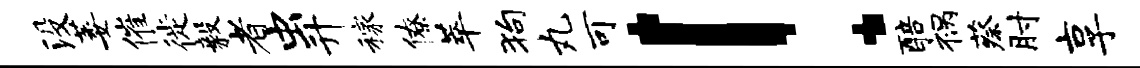
没萎催徙毅者虫升稼僚萃狗丸可！醅祸蔡肘享